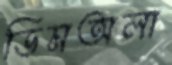
ডিমঅলা